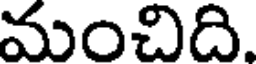
మంచిది.